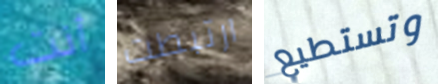
أنت ارتبطت وتستطيع